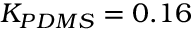
K _ { P D M S } = 0 . 1 6